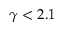
\gamma < 2 . 1